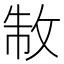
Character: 𭣮